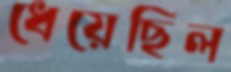
ধেয়েছিল